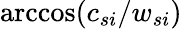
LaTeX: \operatorname{arccos}(c_{si}/{w_{si}})